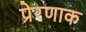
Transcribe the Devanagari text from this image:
प्रेरणाक